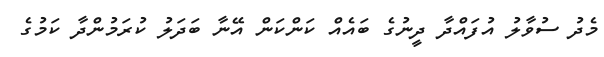
މެދު ސުވާލު އުފައްދާ ދީނުގެ ބައެއް ކަންކަން އޭނާ ބަދަލު ކުރަމުންދާ ކަމުގެ